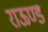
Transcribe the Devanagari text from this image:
राऊण्ड